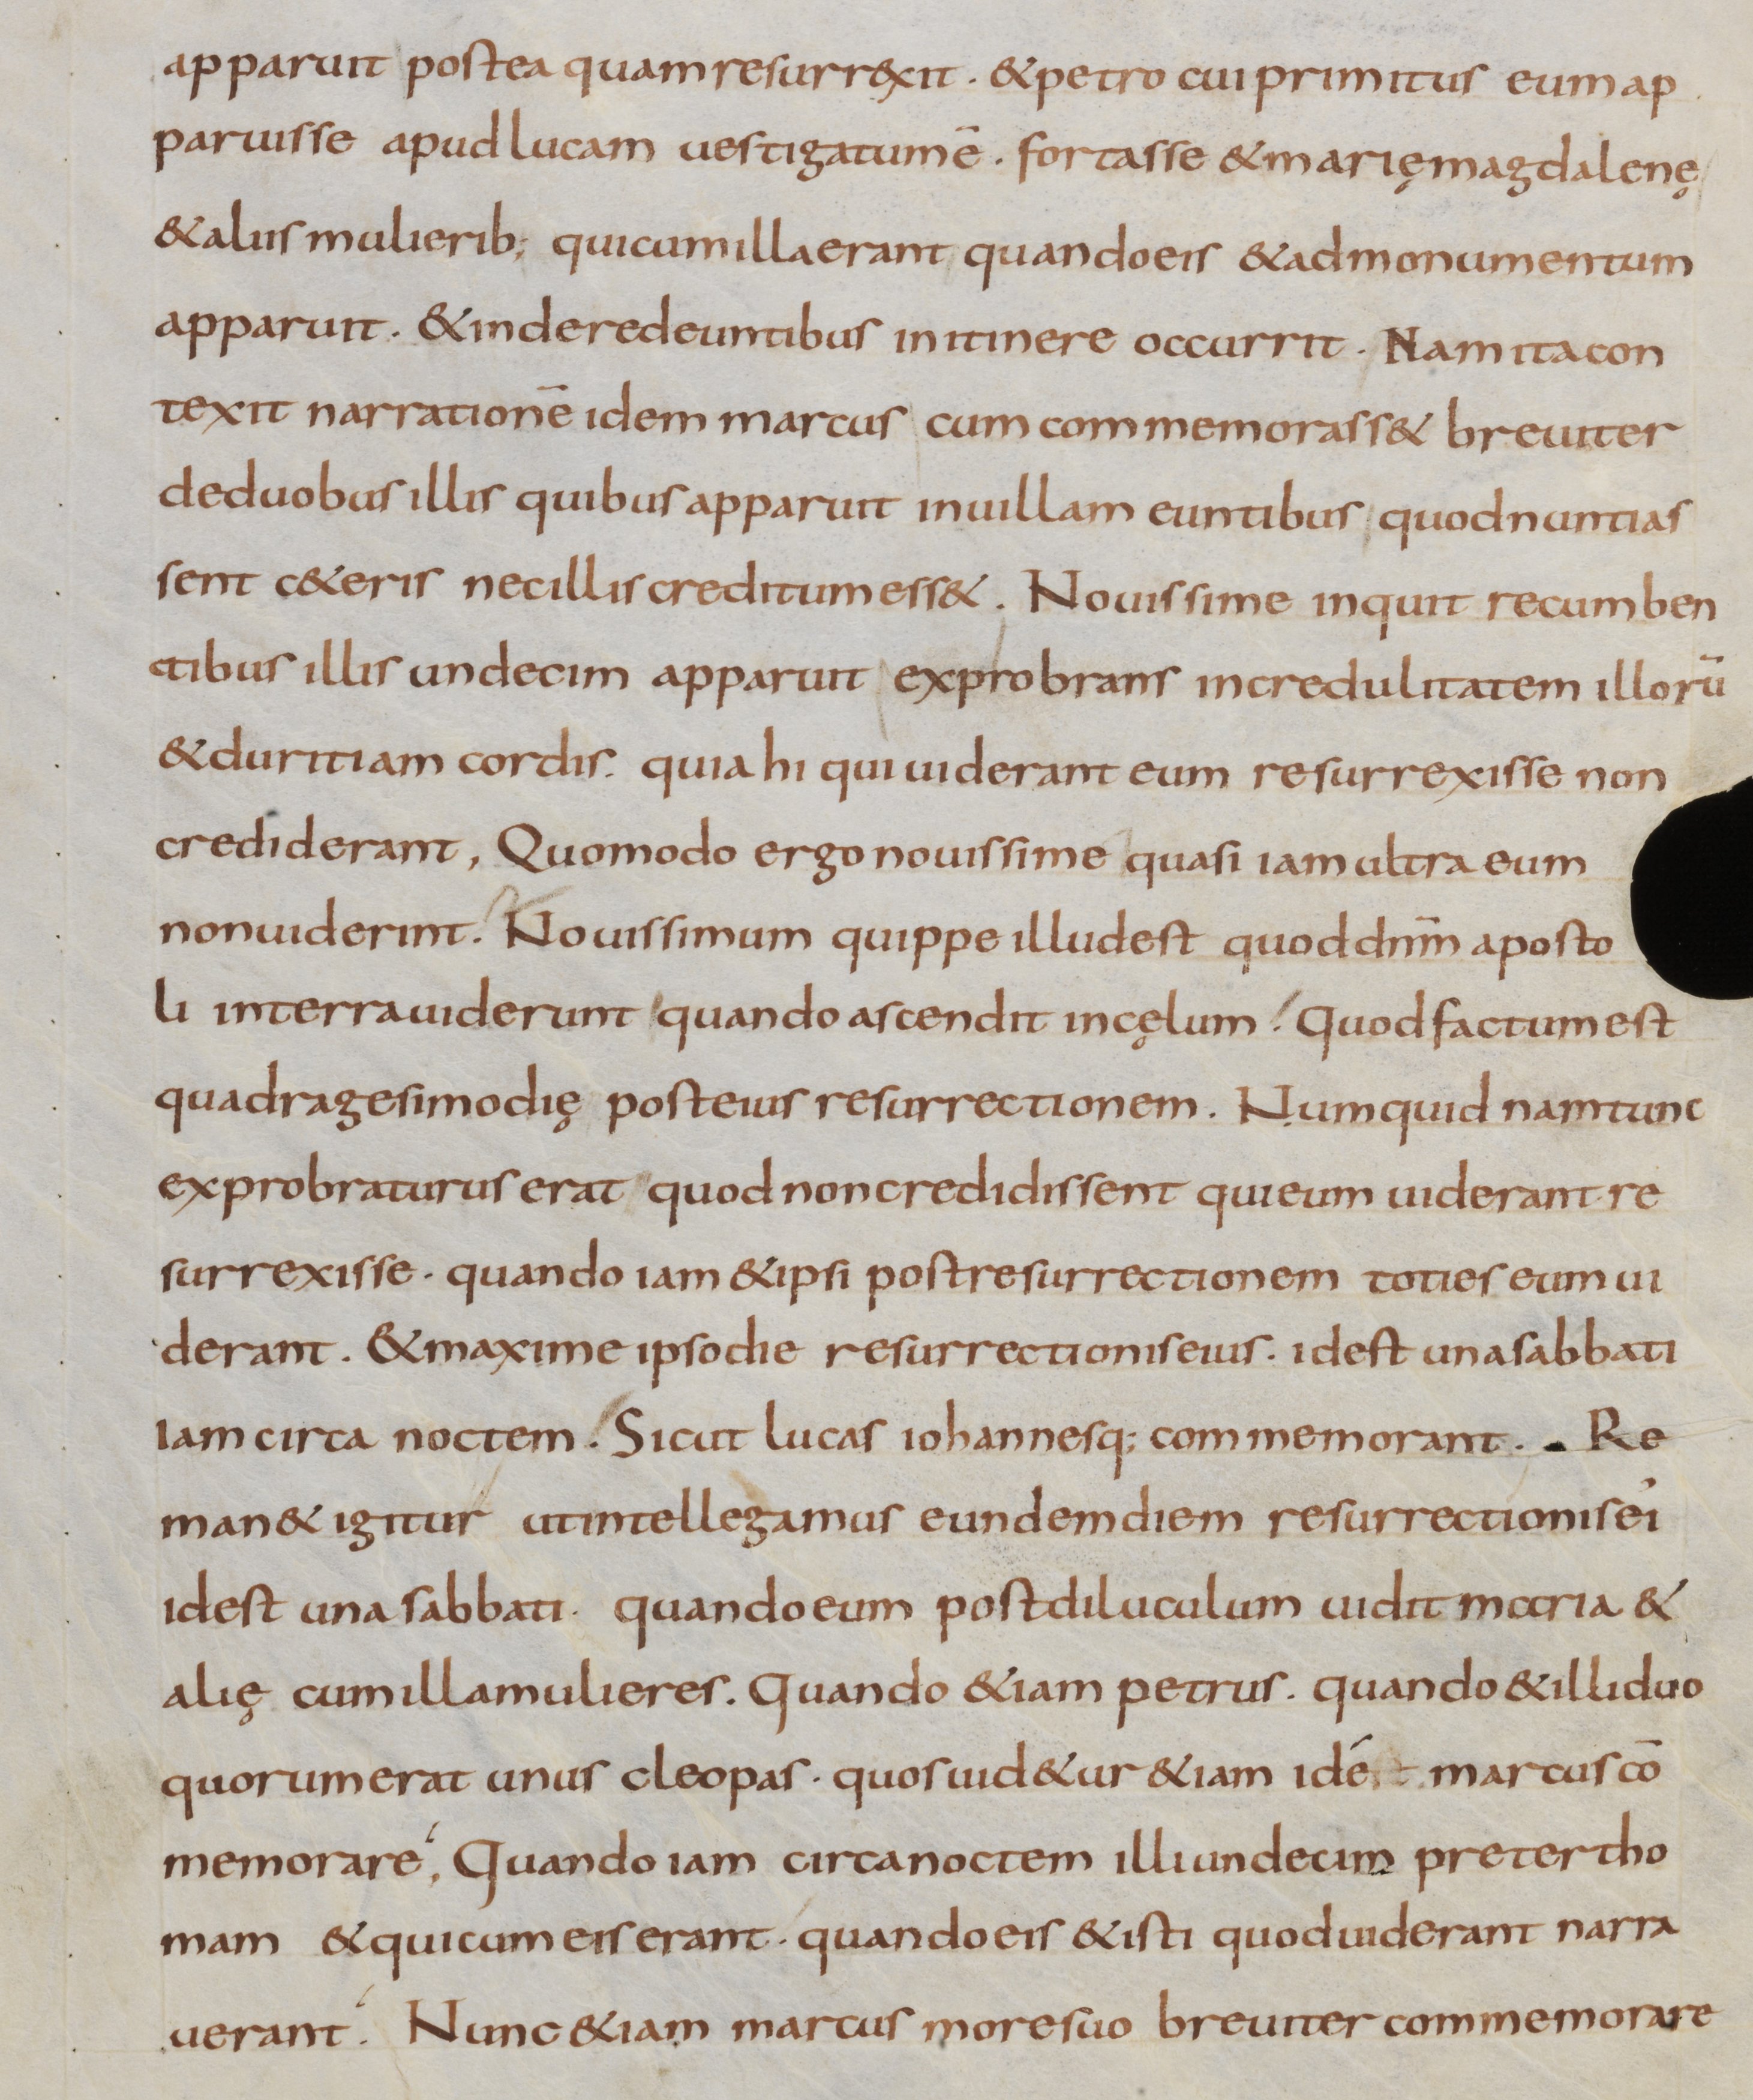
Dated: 800–899